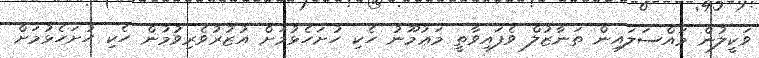
ވަކީލުން މައްސަލައިން ތަނާޒުލް ވެފައިވާތީ މަޢުމޫނު ހެކި ހުށަހެޅުމަށް އުޒުރުވެރިވުމުން ހެކި ހުށަހެޅުމަށް